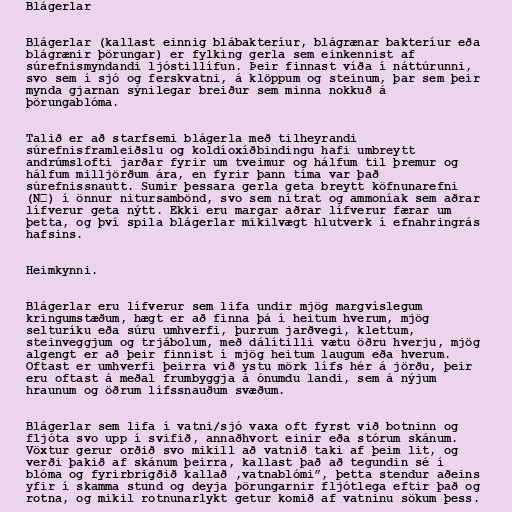
Blágerlar

Blágerlar (kallast einnig blábakteríur, blágrænar bakteríur eða
blágrænir þörungar) er fylking gerla sem einkennist af
súrefnismyndandi ljóstillífun. Þeir finnast víða í náttúrunni,
svo sem í sjó og ferskvatni, á klöppum og steinum, þar sem þeir
mynda gjarnan sýnilegar breiður sem minna nokkuð á
þörungablóma.

Talið er að starfsemi blágerla með tilheyrandi
súrefnisframleiðslu og koldíoxíðbindingu hafi umbreytt
andrúmslofti jarðar fyrir um tveimur og hálfum til þremur og
hálfum milljörðum ára, en fyrir þann tíma var það
súrefnissnautt. Sumir þessara gerla geta breytt köfnunarefni
(N₂) í önnur nitursambönd, svo sem nítrat og ammoníak sem aðrar
lífverur geta nýtt. Ekki eru margar aðrar lífverur færar um
þetta, og því spila blágerlar mikilvægt hlutverk í efnahringrás
hafsins.

Heimkynni.

Blágerlar eru lífverur sem lifa undir mjög margvíslegum
kringumstæðum, hægt er að finna þá í heitum hverum, mjög
selturíku eða súru umhverfi, þurrum jarðvegi, klettum,
steinveggjum og trjábolum, með dálítilli vætu öðru hverju, mjög
algengt er að þeir finnist í mjög heitum laugum eða hverum.
Oftast er umhverfi þeirra við ystu mörk lífs hér á jörðu, þeir
eru oftast á meðal frumbyggja á ónumdu landi, sem á nýjum
hraunum og öðrum lífssnauðum svæðum.

Blágerlar sem lifa í vatni/sjó vaxa oft fyrst við botninn og
fljóta svo upp í svifið, annaðhvort einir eða stórum skánum.
Vöxtur gerur orðið svo mikill að vatnið taki af þeim lit, og
verði þakið af skánum þeirra, kallast það að tegundin sé í
blóma og fyrirbrigðið kallað ,vatnablómi”, þetta stendur aðeins
yfir í skamma stund og deyja þörungarnir fljótlega eftir það og
rotna, og mikil rotnunarlykt getur komið af vatninu sökum þess.